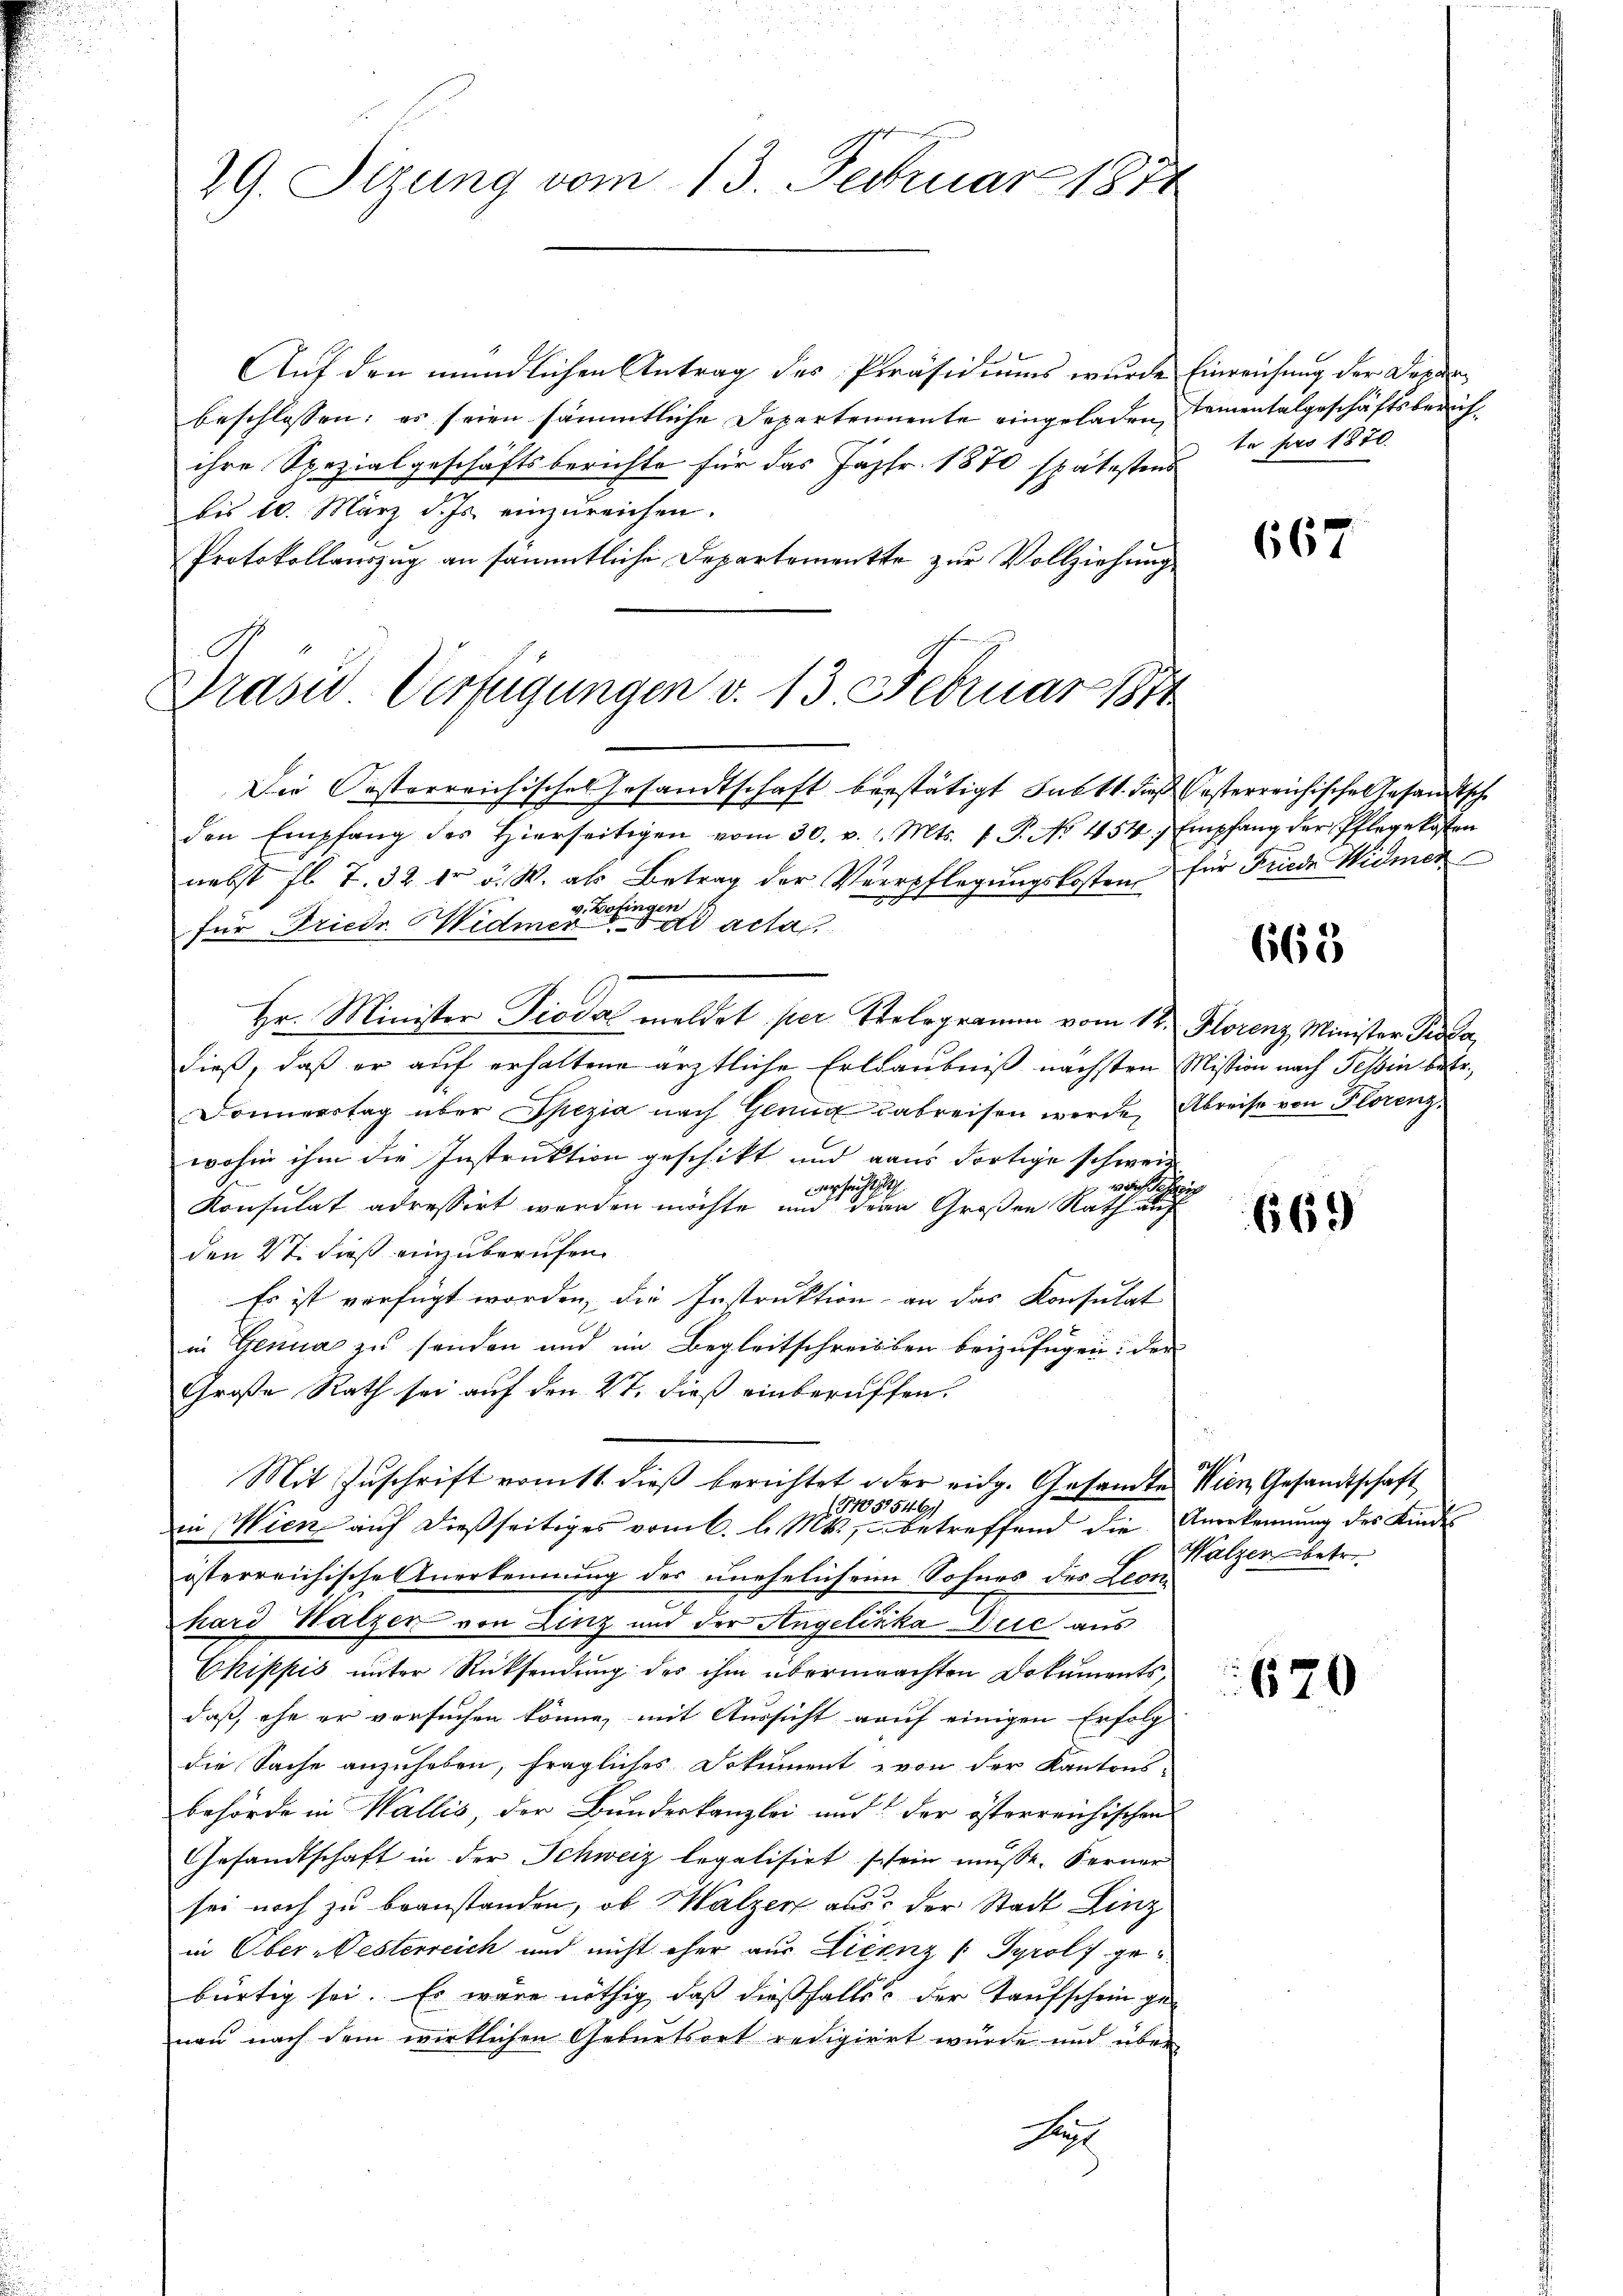
29. Sizung vom 13. Februar 1871

Grund Verfügungen d. 15. der einer

Auf den mündlichen Antrag des Präsidiums wurde Einreichung der Darder
beschlossen: es seien sämmtliche Departennente eingeladen, sementalgeschäftsberichihre Spezialgeschäftsberichte für das Fasfr. 1870 spätestens
bis 20. März d. Js. einzŭreichen.
Protokollauszug an sämmtliche Departemente zur Vollziehung

Die Pastorreichisches Gesandtschaft bestätigt Subst dies Oesterreichische Gesandtsch
den Empfang des hierseitigen vom 30. v. 1. Mts. 1. P. No. 454. Empfang der Pflegekosten
nebst fl. 7. 32 fr v. W. als Betrag der Ver-
Pflegungskostenz
v. Batingen
für Friedr Widmer di acta
Hr. Minister Piodal meldet per Stelogramm vom 12. Florenz Minister Tis
dieß, daß er auf erhaltene ärztliche Erlaubniß nächsten Mission nach Tessin be¬
Donnerstag über Spezia nach Genug dabreisen werde, Abreise von Florenz,
wohin ihm die Instruktion geschikt und aus dortige schweid

erfechts
h
Konsulat adressirt werden möchte und dern Großen Rath auf
den 27. dieß einzuberufen.
Es ist verfügt worden, die Instruktion an das Konsulat
in Genua zu senden und im Begleitschreiben beizufügen: der
Große Rath sei auf den 27. dieß einberuffen.
Mit Zuschrift vom 11. dieß berichtet oder eidg. Gesandtes Wien, Gesandtschaft
15157546)
in Wien auf dießseitiges vom 6. l. Mts., betreffend die Anerkennung des Kindes
österreichische Anerkennung der unehelicheim Sohnes des Leon
hard Walzer von Linz und der Angeliska Die aus
Ckippis unter Rücksendung des ihm übermaachten Dokuments,
daß, ehe er versuchen könne, mit Aussicht auf einigen Erfolg
die Sache anzuheben, fragliches Dokument von der Kantons-
behörde in Wallis, der Bundeskanzlei und der österreichischen
Gesandtschaft in der Schweiz legalisirt sein müsse. Ferner
sei noch zu beanstanden, ob Walzen aus der Stadt Linz
in Ober-Oesterreich und nicht eher aus Licenz (Tyrol gebürtig sei. Es wäre nöthig, daß dießfalls der Taufschein genau nach dem wirklichen Geburtsort redigiret wurde und über
F

te pro 1870.

667

für Friede Widmen

665

i

669

2

as
Walzen betre

670